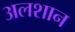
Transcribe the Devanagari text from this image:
अलशान